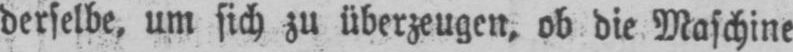
derselbe, um sich zu überzeugen, ob die Maschine